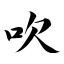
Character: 吹